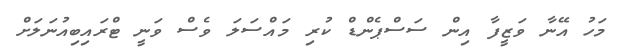
މަހު އޭނާ ވަޒީފާ އިން ސަސްޕެންޑް ކުރި މައްސަލަ ވެސް ވަނީ ޓްރައިބިއުނަލަށް